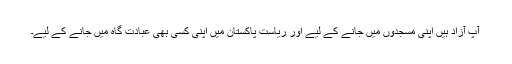
آپ آزاد ہیں اپنی مسجدوں میں جانے کے لیے اور ریاست پاکستان میں اپنی کسی بھی عبادت گاہ میں جانے کے لیے۔